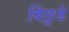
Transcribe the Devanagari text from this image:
बिछुडे